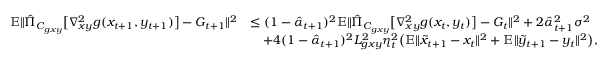
\begin{array} { r l } { \mathbb { E } \| \hat { \Pi } _ { C _ { g x y } } \big [ \nabla _ { x y } ^ { 2 } g ( x _ { t + 1 } , y _ { t + 1 } ) \big ] - G _ { t + 1 } \| ^ { 2 } } & { \leq ( 1 - \hat { \alpha } _ { t + 1 } ) ^ { 2 } \mathbb { E } \| \hat { \Pi } _ { C _ { g x y } } \big [ \nabla _ { x y } ^ { 2 } g ( x _ { t } , y _ { t } ) \big ] - G _ { t } \| ^ { 2 } + 2 \hat { \alpha } _ { t + 1 } ^ { 2 } \sigma ^ { 2 } } \\ & { \quad + 4 ( 1 - \hat { \alpha } _ { t + 1 } ) ^ { 2 } L _ { g x y } ^ { 2 } \eta _ { t } ^ { 2 } \big ( \mathbb { E } \| \tilde { x } _ { t + 1 } - x _ { t } \| ^ { 2 } + \mathbb { E } \| \tilde { y } _ { t + 1 } - y _ { t } \| ^ { 2 } \big ) , } \end{array}